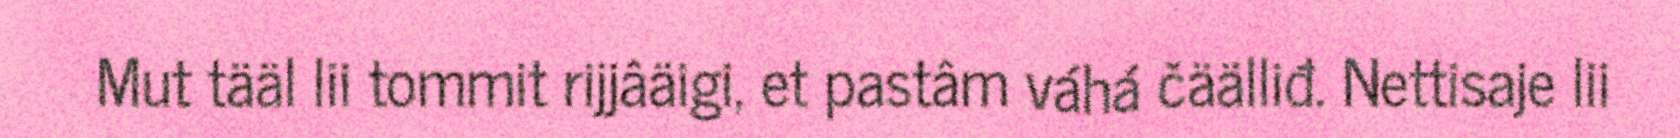
Mut tääl lii tommit rijjâäigi, et pastâm váhá čäälliđ. Nettisaje lii